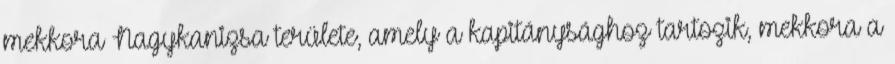
mekkora Nagykanizsa területe, amely a kapitánysághoz tartozik, mekkora a